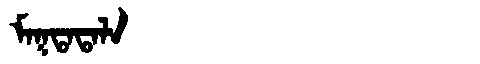
Manchu: ᠮᠠᡴᡨᠠᡨᠠᠯᠠ
Romanization: MAKTATALA